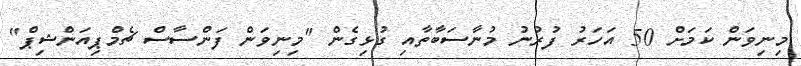
މިނިވަން ކަމަށް 50 އަހަރު ފުރުނު މުނާސަބާތާއި ގުޅިގެން "މިނިވަން ފަންސާސް ޗެމްޕިއަންޝިޕް"